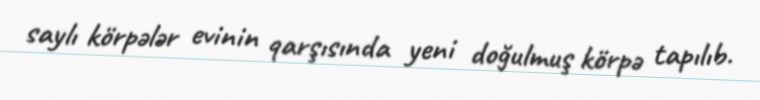
saylı körpələr evinin qarşısında yeni doğulmuş körpə tapılıb.